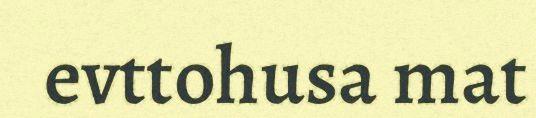
evttohusa mat